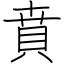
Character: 賁